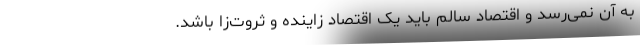
به آن نمی‌رسد و اقتصاد سالم باید یک اقتصاد زاینده‌ و ثروت‌زا باشد.